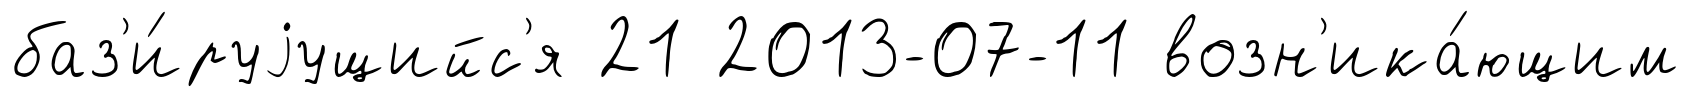
баз'и́руjущийс'я 21 2013-07-11 возн'ика́ющим